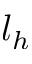
l _ { h }